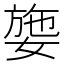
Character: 𡟕